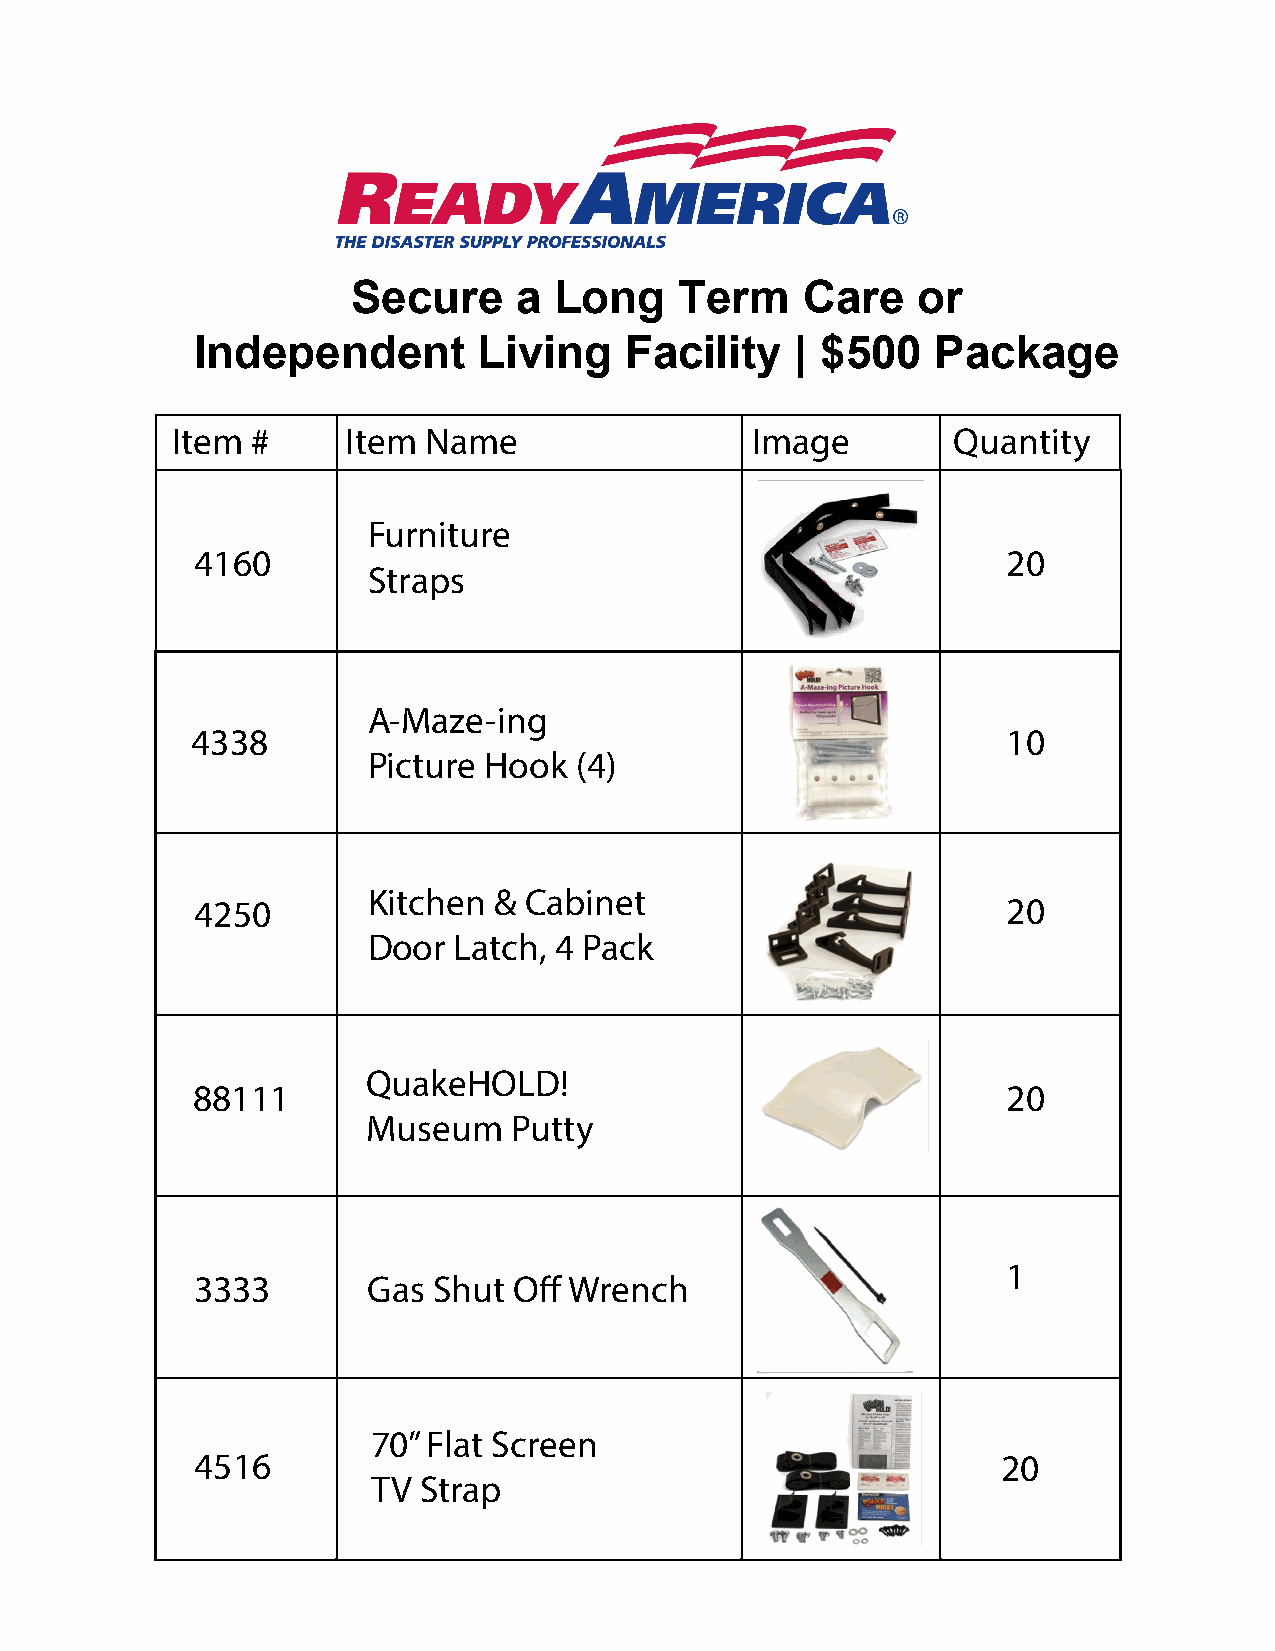
Secure     a  Long    Term    Care    or
 Independent        Living   Facility    | $500   Package
 Item  #     Item Name                  Image        Quantity
 Furniture
 4160                                                  20
 Straps
 A-Maze-ing
 4338                                                  10
 Picture Hook  (4)
 Kitchen  & Cabinet
 4250                                                  20
 Door  Latch, 4 Pack
 QuakeHOLD!
 88111                                                 20
 Museum    Putty
 1
 3333       Gas  Shut Off Wrench
 70” Flat Screen
 4516                                                 20
 TV Strap